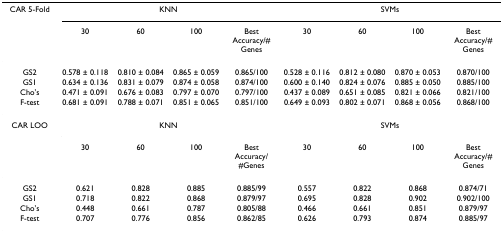
| CAR 5-Fold | <COLSPAN=4> KNN | <COLSPAN=4> SVMs |
 |  | 30 | 60 | 100 | Best Accuracy/# Genes | 30 | 60 | 100 | Best Accuracy/# Genes |
 | --- | --- | --- | --- | --- | --- | --- | --- | --- |
 | GS2 | 0.578 ± 0.118 | 0.810 ± 0.084 | 0.865 ± 0.059 | 0.865/100 | 0.528 ± 0.116 | 0.812 ± 0.080 | 0.870 ± 0.053 | 0.870/100 |
 | GS1 | 0.634 ± 0.136 | 0.831 ± 0.079 | 0.874 ± 0.058 | 0.874/100 | 0.600 ± 0.140 | 0.824 ± 0.076 | 0.885 ± 0.050 | 0.885/100 |
 | Cho's | 0.471 ± 0.091 | 0.676 ± 0.083 | 0.797 ± 0.070 | 0.797/100 | 0.437 ± 0.089 | 0.651 ± 0.085 | 0.821 ± 0.066 | 0.821/100 |
 | F-test | 0.681 ± 0.091 | 0.788 ± 0.071 | 0.851 ± 0.065 | 0.851/100 | 0.649 ± 0.093 | 0.802 ± 0.071 | 0.868 ± 0.056 | 0.868/100 |
 | CAR LOO | <COLSPAN=4> KNN | <COLSPAN=4> SVMs |
 |  | 30 | 60 | 100 | Best Accuracy/#Genes | 30 | 60 | 100 | Best Accuracy/# Genes |
 | GS2 | 0.621 | 0.828 | 0.885 | 0.885/99 | 0.557 | 0.822 | 0.868 | 0.874/71 |
 | GS1 | 0.718 | 0.822 | 0.868 | 0.879/97 | 0.695 | 0.828 | 0.902 | 0.902/100 |
 | Cho's | 0.448 | 0.661 | 0.787 | 0.805/88 | 0.466 | 0.661 | 0.851 | 0.879/97 |
 | F-test | 0.707 | 0.776 | 0.856 | 0.862/85 | 0.626 | 0.793 | 0.874 | 0.885/97 |